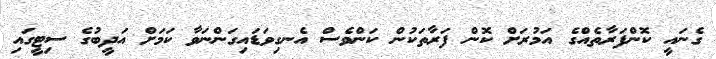
ގެނައީ ކޮންފަރާތެއްގެ އަމުރަށް ކޮން ފަރާތަކުން ކަންވެސް އެނގިވަޑައިގަންނަވާ ކަމަށް އަދީބުގެ ސިޓީގައި